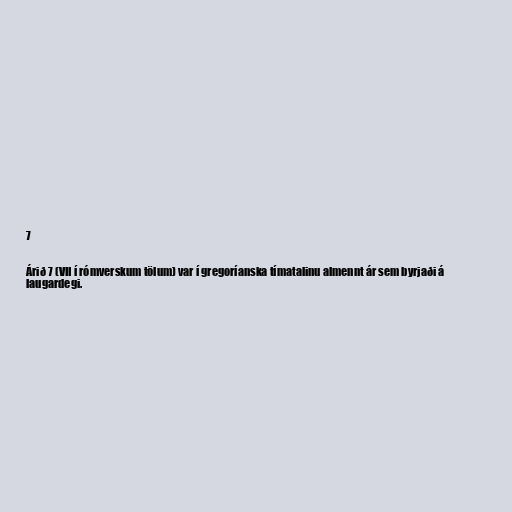
7

Árið 7 (VII í rómverskum tölum) var í gregoríanska tímatalinu almennt ár sem byrjaði á
laugardegi.